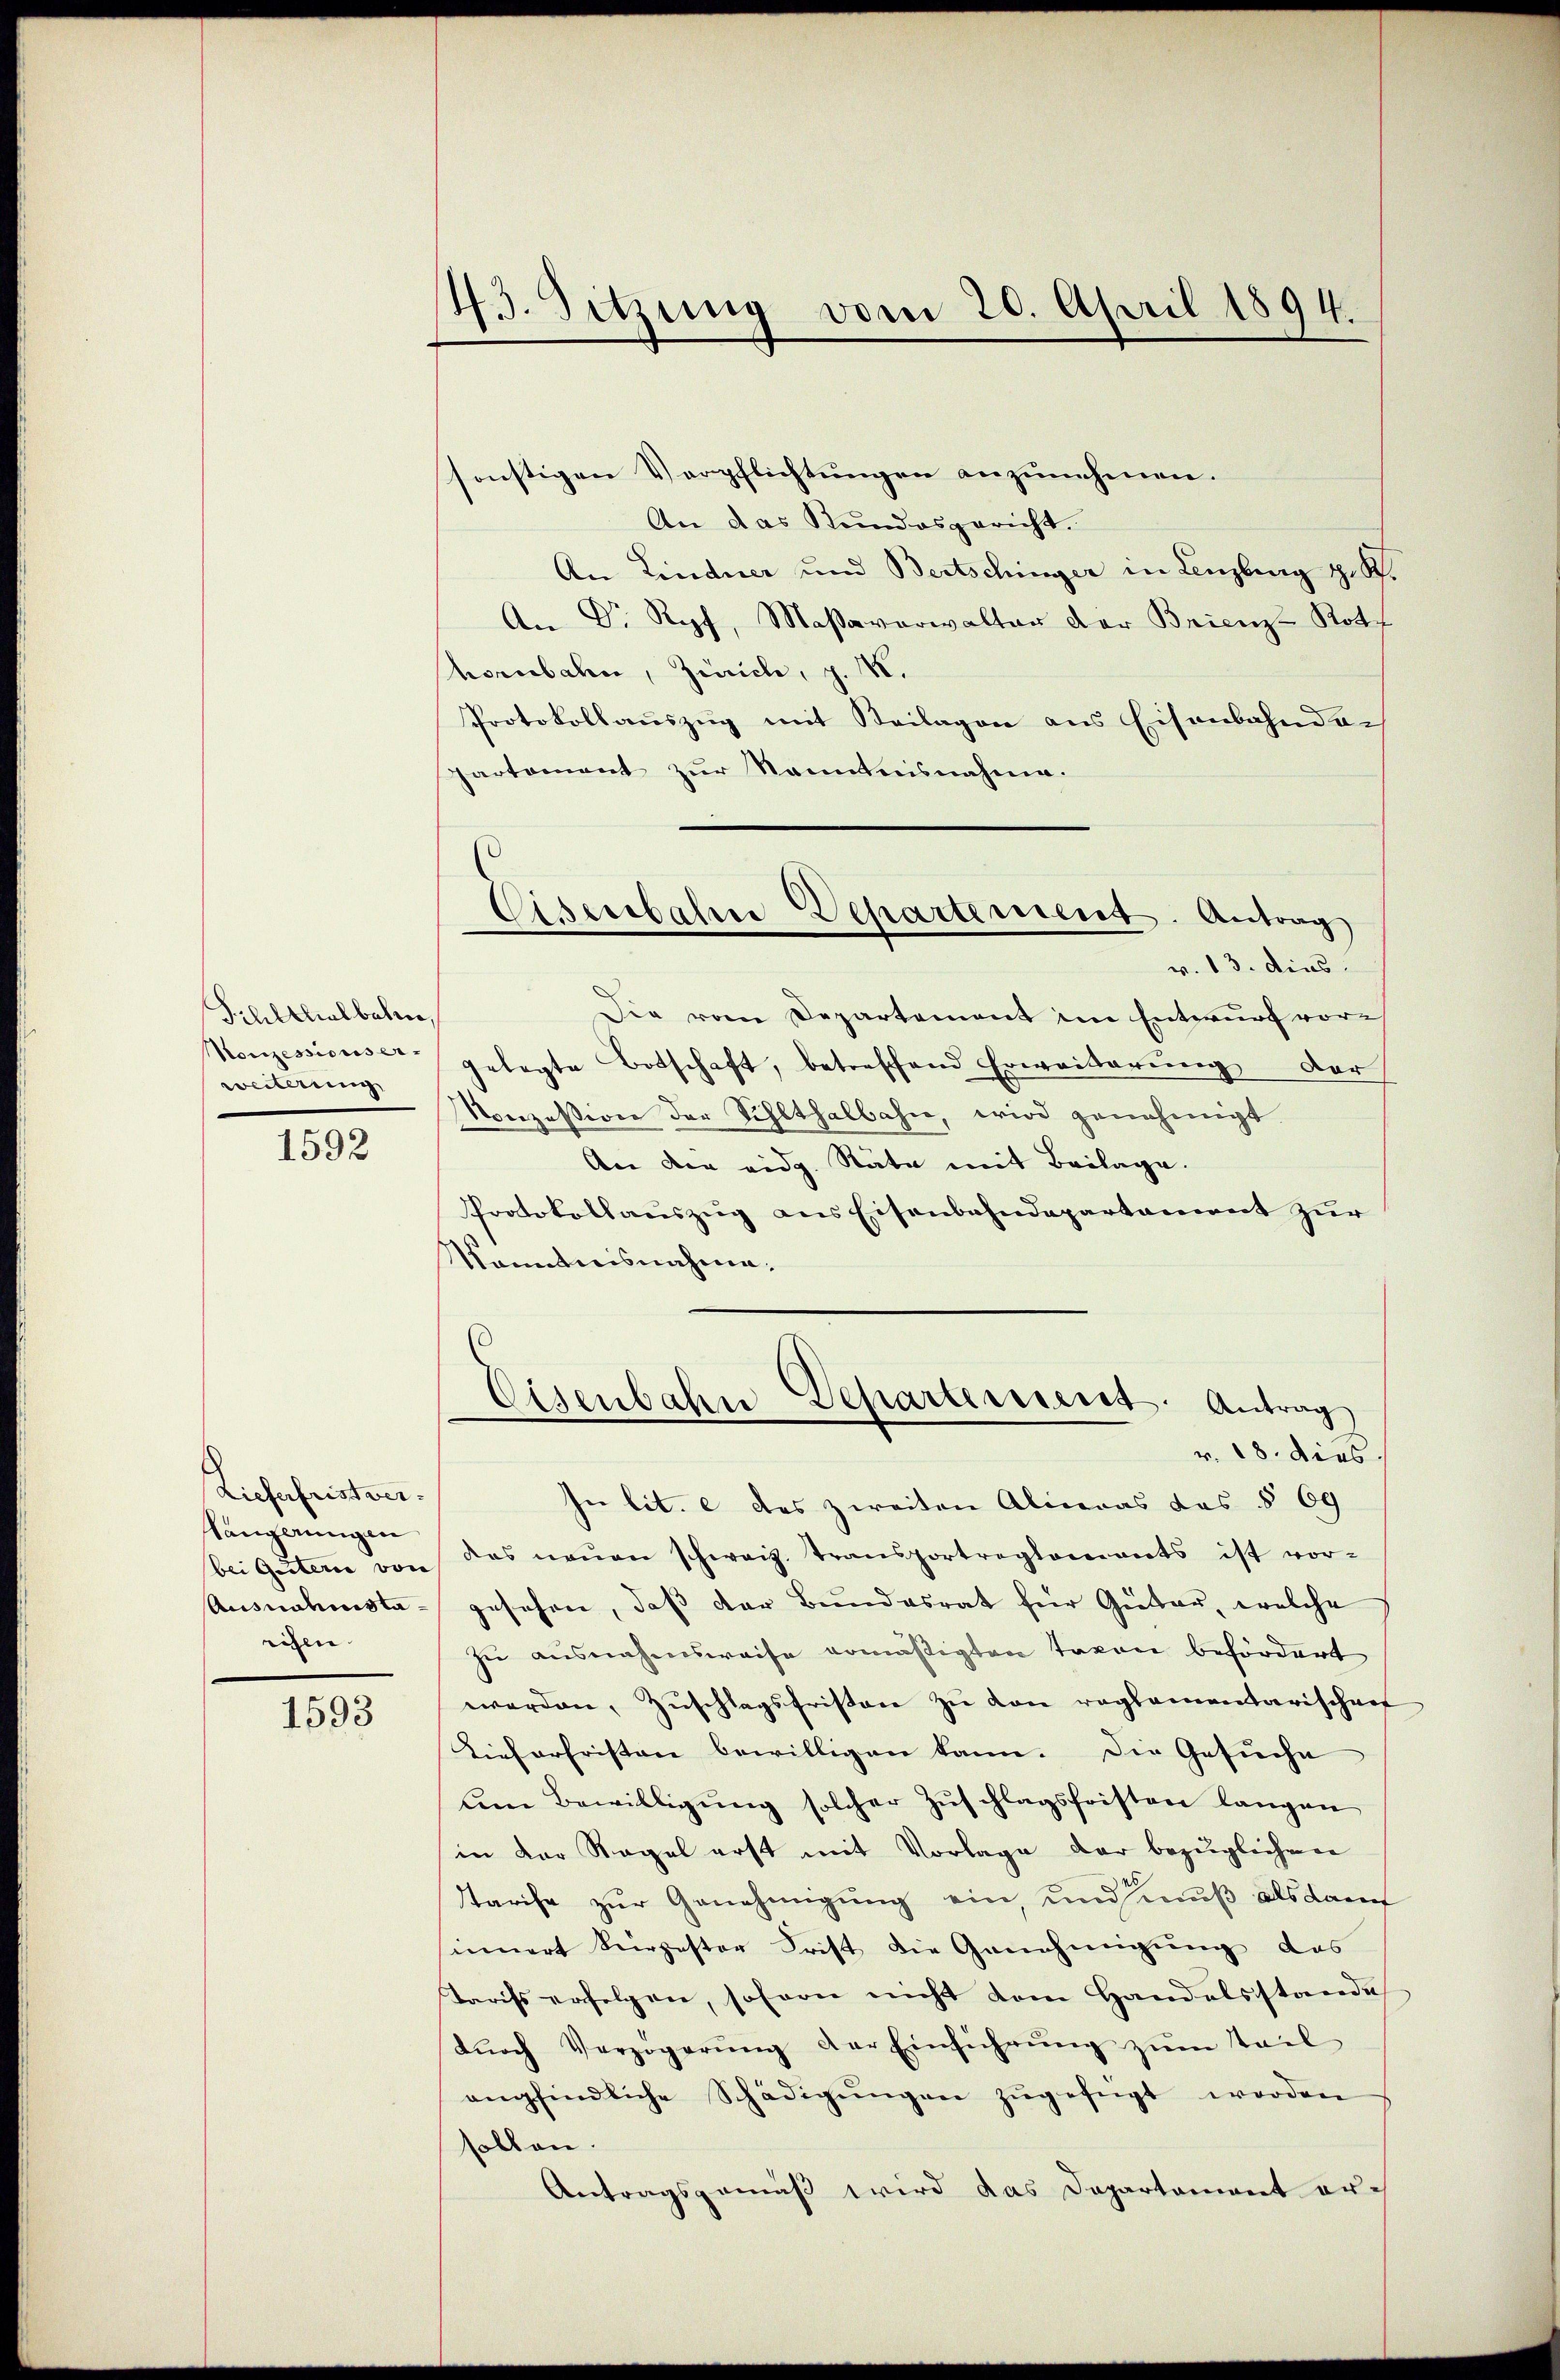
Schltlalbahne
Konzessions er-
weiterung

1592

Lieferfristver¬
Längerungen
bei Guterie von
Ausnahmstaeisen.

1593

43. Sitzung vom 20. April 1894.

Eisenbahn Departement. Antrag

sonstigen Verpflichtungen anzunehmen.
An das Stundesgericht.
An Lindner und Bertschinger in Lenzburg z. B.
An Dr. Kopf, Maßaverwalter der Brienz-Roth
hornbahn, Zürich, z. M.
Protokollauszug mit Beilagen aus Eisenbahnder
partement zur Kenntnisnahme.
v. 13. dies
Die vom Departement im Entwurf vorgelegte Botschaft, betreffend Erweiterŭng der
Konzession der Schlthalbahn, wird genehmigt.
An der eidg. Räte mit Beilage.
Protokollauszug aus Eisenbahndepartament zur
Vanntnisnahme.
Eisenbahne Departeresent. Antrag
v. 18. dies
In lit. e das zweiten Alineas das § 69
das neuen schweiz. Transportreglements ist vor-
gesehen, daβ der Bŭndesrat für Güter, welche
zu ausnahmsweise ermäßigten Taxen befördert
werden, Zuschlagsfristen zu von reglementarischen
Tieferfristen bewilligen kann. Die Gesuche
le Bewilligŭng solcher Zŭschlagsfristen langen
in der Regel erst mit Vorlage der bezüglichen
Tarife zur Genehmigung ein, und muß als Kauf
sinnert Kerzester Frist die Genehmigung des
Tarifs erfolgen, sofern nicht dem Handelsstande
dŭrch Verzögerŭng der Einführŭng zŭm Teil
empfindliche Schädigŭngen zŭgefügt worden
sollen.
Antragsgemäß wird das Departament er¬